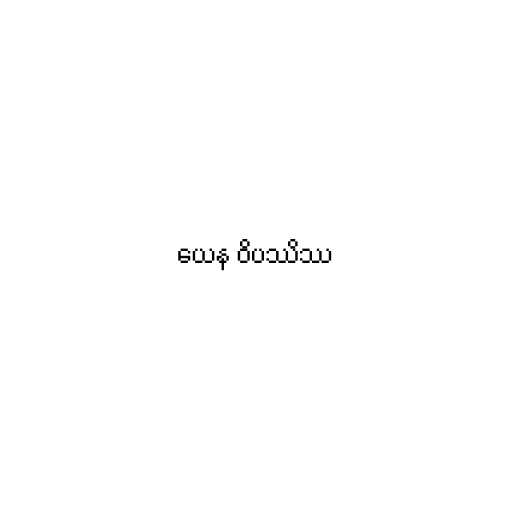
ယေန ဝိပဿိဿ